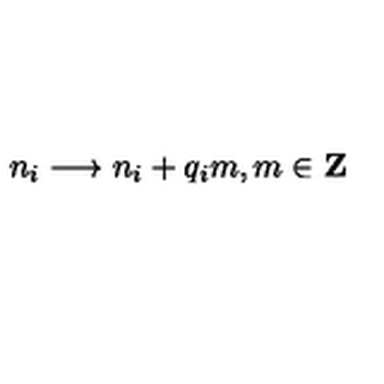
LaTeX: n _ { i } \longrightarrow n _ { i } + q _ { i } m , m \in { \bf Z }